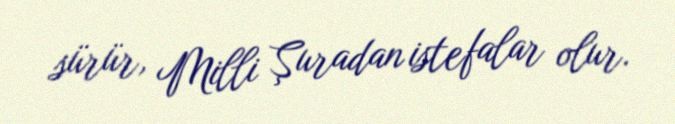
sürür, Milli Şuradan istefalar olur.